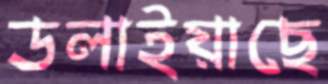
ডলাইয়াছে